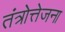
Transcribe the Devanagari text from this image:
तंत्रोत्तेजना